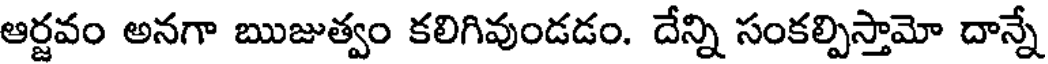
ఆర్జవం అనగా ఋజుత్వం కలిగివుండడం. దేన్ని సంకల్పిస్తామో దాన్నే